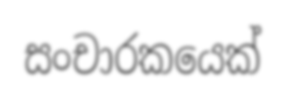
සංචාරකයෙක්